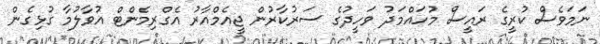
ނަމަވެސް ކުރީގެ ރައީސް މުހައްމަދު ވަހީދުގެ ސަރުކާރުން ޖީއެމްއާރު އެގްރިމެންޓް އުވާލުމާ ގުޅިގެން